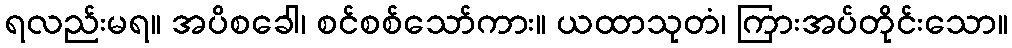
ရလည်းမရ။ အပိစခေါ၊ စင်စစ်သော်ကား။ ယထာသုတံ၊ ကြားအပ်တိုင်းသော။